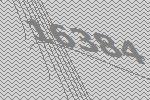
16384